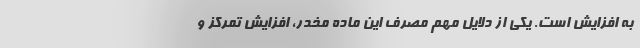
به افزایش است. یکی از دلایل مهم مصرف این ماده مخدر، افزایش تمرکز و